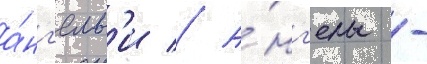
а́нг'елам'и // А́нг'елы -